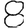
Digit: 8